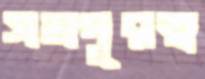
সমদূরত্ব